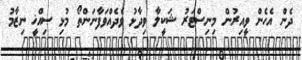
ދެން އެހެން ވީއިރުން މިނިސްޓަރު ޝަކީލާ ވިދާޅު ވެދެއްވަފާނަންތޯ މުޅި ސިއްޚީ ނިޒާމު